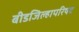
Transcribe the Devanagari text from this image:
बीडजिल्हापरिषद